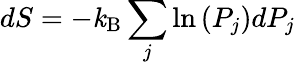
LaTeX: dS=-\mathit{k}_{\mathrm{{B}}}\sum_{j}\ln\left(P_{j}\right)dP_{j}